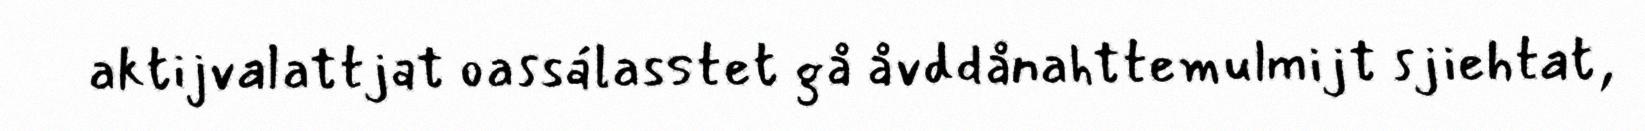
aktijvalattjat oassálasstet gå åvddånahttemulmijt sjiehtat,